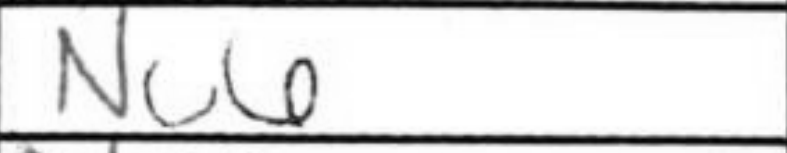
Transcription: Nc6